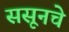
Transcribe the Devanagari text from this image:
ससूनचे